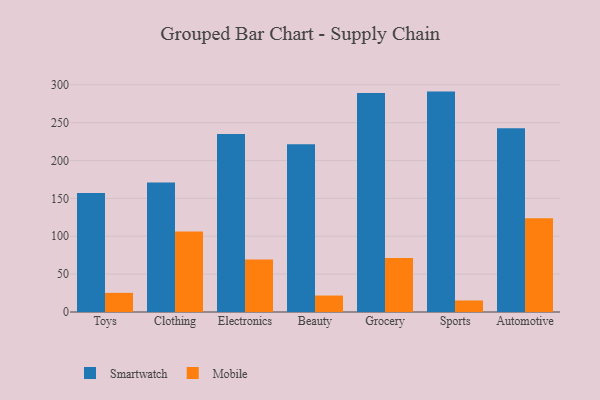
{"axis": {"x": "Category", "y": "Humidity (%)"}, "legend": ["Mobile", "Smartwatch"], "data": [{"x": "Toys", "y": 157.1, "type": "Smartwatch"}, {"x": "Toys", "y": 25.3, "type": "Mobile"}, {"x": "Clothing", "y": 171.0, "type": "Smartwatch"}, {"x": "Clothing", "y": 106.2, "type": "Mobile"}, {"x": "Electronics", "y": 235.0, "type": "Smartwatch"}, {"x": "Electronics", "y": 69.4, "type": "Mobile"}, {"x": "Beauty", "y": 221.6, "type": "Smartwatch"}, {"x": "Beauty", "y": 21.7, "type": "Mobile"}, {"x": "Grocery", "y": 289.2, "type": "Smartwatch"}, {"x": "Grocery", "y": 71.4, "type": "Mobile"}, {"x": "Sports", "y": 291.0, "type": "Smartwatch"}, {"x": "Sports", "y": 15.2, "type": "Mobile"}, {"x": "Automotive", "y": 242.7, "type": "Smartwatch"}, {"x": "Automotive", "y": 123.8, "type": "Mobile"}]}